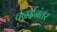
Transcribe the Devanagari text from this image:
चेन्नईनंतर